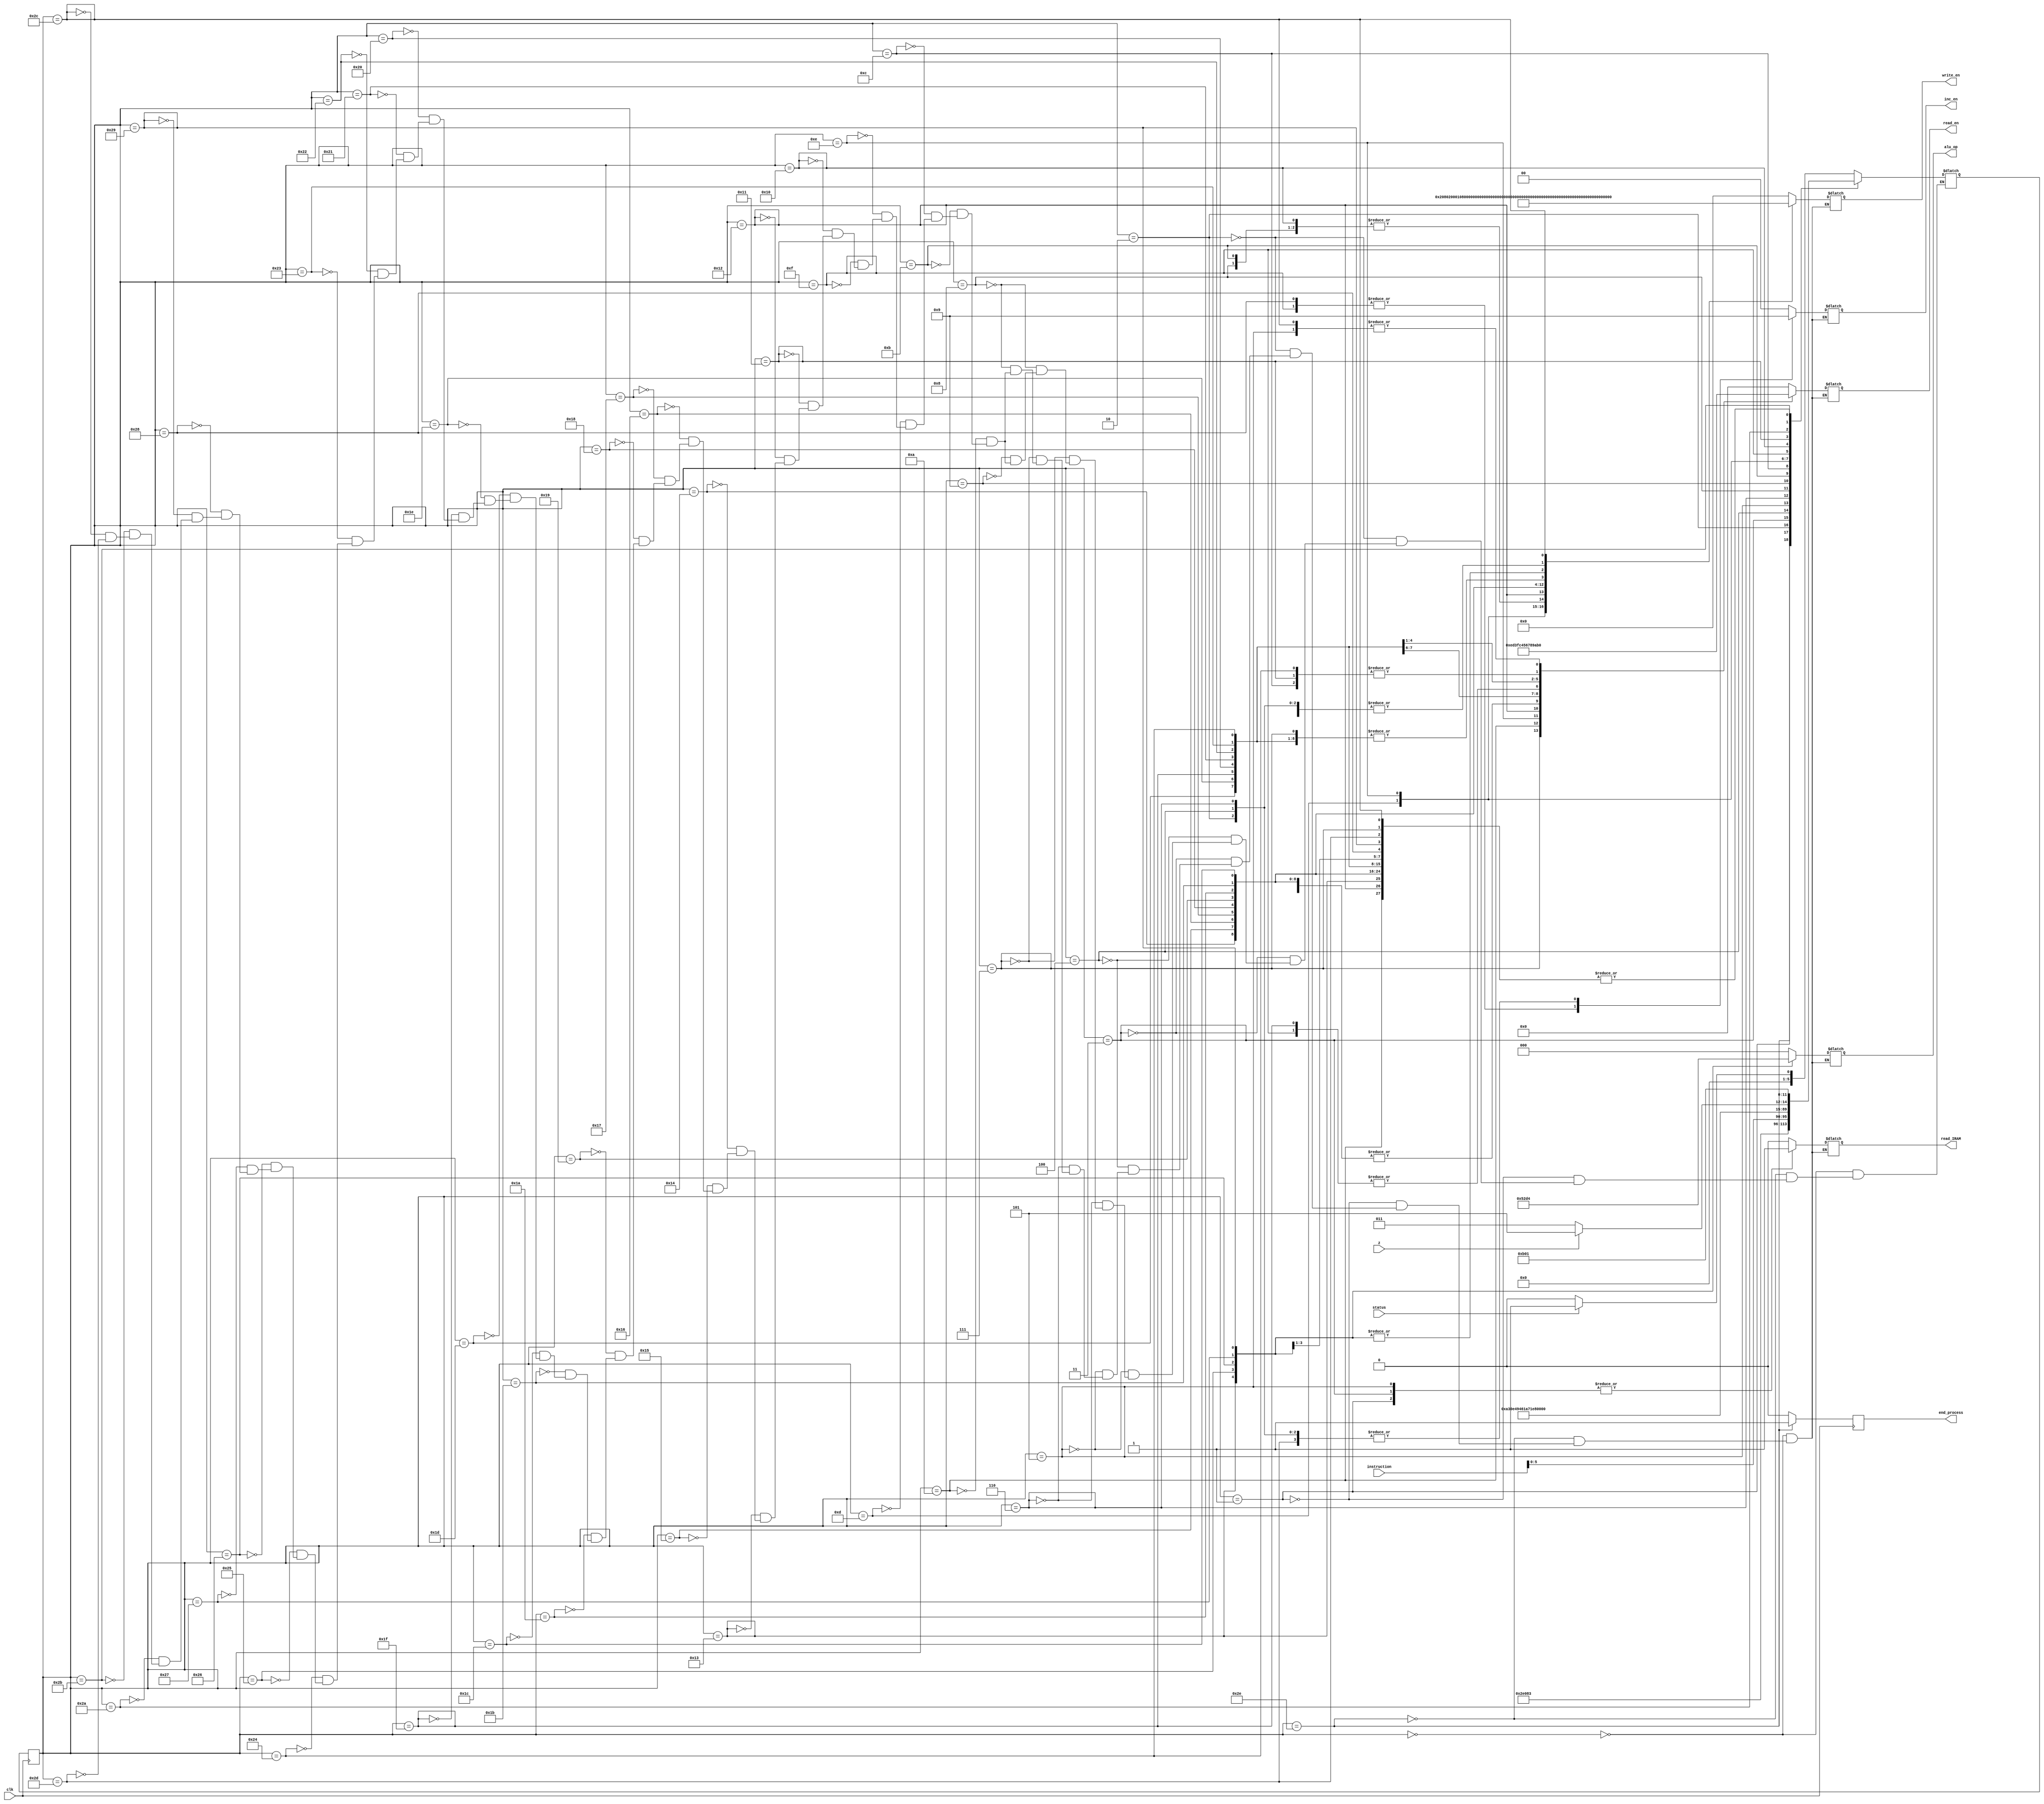
module control_unit
(
    input clk,
    input z,
    input status,
    input [7:0] instruction,
    output reg [2:0] alu_op,
    output reg [16:0] write_en,
    output reg [1:0] inc_en,
    output reg [3:0] read_en,
    output reg read_IRAM,
    //output reg read_DRAM,
    output reg end_process
);

reg [5:0] present = 6'd0;      //6'd0 = idle
reg [5:0] next = 6'd0;

//Micro Instructions
parameter
idle = 6'd0,
fetch1 = 6'd1,
fetch2 = 6'd2,
fetch3 = 6'd3,
ldac1 = 6'd4,
ldac2 = 6'd5,
ldac3 = 6'd6,
ldac4 = 6'd7,
ldacm1 = 6'd8,
ldacm2 = 6'd9,
ldacm3 = 6'd10,
stac1 = 6'd11,
stac2 = 6'd12,
stac3 = 6'd13,
stac4 = 6'd14,
stac5 = 6'd15,
stac6 = 6'd16,
stac7 = 6'd17,
stac8 = 6'd18,
clac = 6'd19,
movr = 6'd20,
movra = 6'd21,
movrb = 6'd22,
movro = 6'd23,
movrn = 6'd24,
movrp = 6'd25,
movrc = 6'd26,
movrr = 6'd27,
movrt = 6'd28,
mvacra = 6'd29,
mvacrb = 6'd30,
mvacro = 6'd31,
mvacrn = 6'd32,
mvacrp = 6'd33,
mvacrc = 6'd34,
mvacrr = 6'd35,
mvacrt = 6'd36,
add = 6'd37,
mul = 6'd38,
sub = 6'd39,
inc = 6'd40,
dec = 6'd41,
jpnz = 6'd42,
jpnzy1 = 6'd43,
jpnzy2 = 6'd44,
jpnzn1 = 6'd45,
endop = 6'd46;
//nop = 6'd48;


//checking the termination condition
always @(posedge clk)
begin
    present <= next;
    if (present == endop)
        end_process <= 1'd1;
    else
        end_process <= 1'd0;
end


always @(present or z or instruction or status) 
case(present)
    idle: begin
        read_IRAM <= 0;
        read_en <= 4'd0;
        write_en <= 17'b00000000000000000 ;
        inc_en <= 2'b00 ;
        alu_op <= 3'd0;
        if (status == 1)
        next <= fetch1;
        else
        next <= idle;
    end

    endop: begin
        read_IRAM <= 0;
        read_en <= 4'd0;  
        write_en <= 17'b00000000000000000 ;
        inc_en <= 2'b00 ;  
        alu_op <= 3'd0;
        next <= endop;
    end

    fetch1: begin
        read_IRAM <= 1;  //READ IRAM
        read_en <= 4'd0;  
        write_en <= 17'b00000000000000000 ; 
        inc_en <= 2'b00 ;
        alu_op <= 3'd0;
        next <= fetch2;
    end


    fetch2: begin
        read_IRAM <= 0;
        read_en <= 4'd0;    
        write_en <= 17'b00000000000000100 ; // IR <- IRAM
        inc_en <= 2'b01 ; //pc<-pc+1
        alu_op <= 3'd0;
        next <= fetch3;
    end


    fetch3: begin
        read_IRAM <= 1;    //Read IRAM
        read_en <= 4'd0;
        write_en <= 17'b00000000000000000 ;
        inc_en <= 2'b00 ; 
        alu_op <= 3'd0;
        next <= instruction[5:0];  //get assembly code
    end

    ldac1: begin
        read_IRAM <= 0;
        read_en <= 4'd0;
        write_en <= 17'b00000000000000100 ; //IR <- IRAM
        inc_en <= 2'b01 ; //pc<-pc+1
        alu_op <= 3'd0;
        next <= ldac2;
    end

    ldac2: begin
        read_IRAM <= 1; //Read
        read_en <= 4'd1; //BUS <- IR
        write_en <= 17'b00000000000001000 ;  //TR <-- BUS
        inc_en <= 2'b00 ; 
        alu_op <= 3'd0;
        next <= ldac3;
    end

    ldac3: begin
        read_IRAM <= 0;
        read_en <= 4'd0;
        write_en <= 17'b00000000000000100 ; //IR <- IRAM
        inc_en <= 2'b01 ; //pc<-pc+1
        alu_op <= 3'd0;
        next <= ldac4;
    end

    ldac4: begin
        read_IRAM <= 0;
        read_en <= 4'd14;   //AC <- IR TR
        write_en <= 17'b00100000000000000 ;
        inc_en <= 2'b00 ; 
        alu_op <= 3'd0;
        next <= fetch1;
    end

    ldacm1: begin
        read_IRAM <= 0;
        //read_DRAM <= 1;
        read_en <= 4'd12;  //BUS <- AC
        write_en <= 17'b00000000000000001 ;  //AR <- BUS
        inc_en <= 2'b00 ; 
        alu_op <= 3'd0;
        next <= ldacm2;
    end
	 
	 ldacm2 : begin
//	     read_IRAM <= 0;
//        read_en <= 4'd0;  
//        write_en <= 17'b00000000000000000 ;  //waste a clock cycle
//        inc_en <= 2'b00 ; 
//        alu_op <= 3'd0;
        next <= ldacm3;
	 end

    ldacm3: begin
        read_IRAM <= 0;
        read_en <= 4'd13;  // BUS <- DRAM 
        write_en <= 17'b00100000000010000 ; 
        inc_en <= 2'b00 ; 
        alu_op <= 3'd0;
        next <= fetch1;
    end



    stac1: begin
        read_IRAM <= 0;
        read_en <= 4'd12;  //BUS <- AC
        write_en <= 17'b00000000000000001 ; // AR <- BUS
        inc_en <= 2'b00 ; 
        alu_op <= 3'd0;
        next <= stac2;
    end

    stac2: begin
        read_IRAM <= 0;
        read_en <= 4'd11;  //BUS <- RT
        write_en <= 17'b00100000000000000 ; //AC <- BUS
        inc_en <= 2'b00 ; 
        alu_op <= 3'd0;
        next <= stac3;
    end

    stac3: begin
        read_IRAM <= 0;
        read_en <= 4'd12;  //BUS <- AC[7:0]  check 12
        write_en <= 17'b00000000000010000 ; //DR <- BUS
        inc_en <= 2'b00 ; 
        alu_op <= 3'd0;
        next <= stac4;
    end
	 
	 

    stac4: begin
        read_IRAM <= 0;
        read_en <= 4'd3;  //BUS <- DR
        write_en <= 17'b10000000000000000 ; //DRAM <- BUS
        inc_en <= 2'b00 ; 
        alu_op <= 3'd0;
        next <= stac5;
    end
	 

    stac5: begin
        read_IRAM <= 0;
        read_en <= 4'd6;  //BUS <- RO
        write_en <= 17'b00100000000000000 ; //AC<- BUS
        inc_en <= 2'b10 ; //AC <- AC+1 
        alu_op <= 3'd0;
        next <= stac6;
    end

    stac6: begin
        read_IRAM <= 0;
        read_en <= 4'd12;  //BUS <- AC
        write_en <= 17'b00000000000000001 ; // AR <- BUS
        inc_en <= 2'b00 ; 
        alu_op <= 3'd0;
        next <= stac7;
    end

    stac7: begin
        read_IRAM <= 0;
        read_en <= 4'd11;  //BUS <-RT
        write_en <= 17'b00100000000000000 ; // AC <-- BUS
        inc_en <= 2'b00; 
        alu_op <= 3'd0;
        next <= stac8;
    end

    stac8: begin
        read_IRAM <= 0;
        read_en <= 4'd15;  //BUS<-AC[15:8]   Check with dhinesh
        write_en <= 17'b10000000000010000 ; // DR <-- BUS, DRAM <-- BUS
        inc_en <= 2'b00 ; 
        alu_op <= 3'd0;
        next <= fetch1;
    end


    clac: begin
        read_IRAM <= 0;
        read_en <= 4'd0;  
        write_en <= 17'b01000000000000000 ;
        inc_en <= 2'b00 ; 
        alu_op <= 3'd5; //default AC <- 0, Z<- 1
        next <= fetch1;
    end

    movr: begin
        read_IRAM <= 0;
        read_en <= 4'd12;  //BUS <- AC
        write_en <= 17'b00010000000000000 ; // R <- BUS
        inc_en <= 2'b00 ; 
        alu_op <= 3'd0;
        next <= fetch1;
    end

    movra: begin
        read_IRAM <= 0;
        read_en <= 4'd12;  //BUS <- AC
        write_en <= 17'b00000000000100000 ; // RA <- BUS
        inc_en <= 2'b00 ; 
        alu_op <= 3'd0;
        next <= fetch1;
    end


    movrb: begin
        read_IRAM <= 0;
        read_en <= 4'd12;  //BUS <- AC
        write_en <= 17'b00000000001000000 ; // RB <- BUS
        inc_en <= 2'b00 ; 
        alu_op <= 3'd0;
        next <= fetch1;
    end

    movro: begin
        read_IRAM <= 0;
        read_en <= 4'd12;                       //RO <- AC
        write_en <= 17'b00000000010000000 ;
        inc_en <= 2'b00 ; 
        alu_op <= 3'd0;
        next <= fetch1;
    end

    movrn: begin
        read_IRAM <= 0;
        read_en <= 4'd12;                      //RN <- AC
        write_en <= 17'b00000000100000000 ;
        inc_en <= 2'b00 ; 
        alu_op <= 3'd0;
        next <= fetch1;
    end
//
    movrp: begin
        read_IRAM <= 0;
        read_en <= 4'd12;                   //RP <- AC
        write_en <= 17'b00000001000000000 ;
        inc_en <= 2'b00 ; 
        alu_op <= 3'd0;
        next <= fetch1;
    end

    movrc: begin
        read_IRAM <= 0;
        read_en <= 4'd12;                   //RC <- AC
        write_en <= 17'b000000010000000000 ;
        inc_en <= 2'b00 ; 
        alu_op <= 3'd0;
        next <= fetch1;
    end

    movrr: begin
        read_IRAM <= 0;
        read_en <= 4'd12;                   //RR <- AC
        write_en <= 17'b00000100000000000 ;
        inc_en <= 2'b00 ; 
        alu_op <= 3'd0;
        next <= fetch1;
    end

    movrt: begin
        read_IRAM <= 0;
        read_en <= 4'd12;                  //RT <- AC
        write_en <= 17'b00001000000000000 ;
        inc_en <= 2'b00 ; 
        alu_op <= 3'd0;
        next <= fetch1;
    end

    mvacra: begin
        read_IRAM <= 0;
        read_en <= 4'd4;            //AC <- RA
        write_en <= 17'b00100000000000000 ;
        inc_en <= 2'b00 ; 
        alu_op <= 3'd0;
        next <= fetch1;
    end

    mvacrb: begin
        read_IRAM <= 0;
        read_en <= 4'd5;        //AC <- RB
        write_en <= 17'b00100000000000000 ;
        inc_en <= 2'b00 ; 
        alu_op <= 3'd0;
        next <= fetch1;
    end

    mvacro: begin
        read_IRAM <= 0;
        read_en <= 4'd6;  //AC <- RO
        write_en <= 17'b00100000000000000 ;
        inc_en <= 2'b00 ; 
        alu_op <= 3'd0;
        next <= fetch1;
    end

    mvacrn: begin
        read_IRAM <= 0;
        read_en <= 4'd7;  //AC <- RN
        write_en <= 17'b00100000000000000 ;
        inc_en <= 2'b00 ; 
        alu_op <= 3'd0;
        next <= fetch1;
    end

    mvacrp: begin
        read_IRAM <= 0;
        read_en <= 4'd8;                //AC <- RP
        write_en <= 17'b00100000000000000 ;
        inc_en <= 2'b00 ; 
        alu_op <= 3'd0;
        next <= fetch1;
    end

    mvacrc: begin
        read_IRAM <= 0;
        read_en <= 4'd9;                //AC <- RC
        write_en <= 17'b00100000000000000 ;
        inc_en <= 2'b00 ; 
        alu_op <= 3'd0;
        next <= fetch1;
    end

    mvacrr: begin
        read_IRAM <= 0;
        read_en <= 4'd10;               //AC <- RR
        write_en <= 17'b00100000000000000 ;
        inc_en <= 2'b00 ; 
        alu_op <= 3'd0;
        next <= fetch1;
    end

    mvacrt: begin
        read_IRAM <= 0;
        read_en <= 4'd11;                  //AC <- RT
        write_en <= 17'b00100000000000000 ;
        inc_en <= 2'b00 ; 
        alu_op <= 3'd0;
        next <= fetch1;
    end
//
    add: begin
        read_IRAM <= 0;
        read_en <= 4'd0;  
        write_en <= 17'b01000000000000000 ;
        inc_en <= 2'b00 ; 
        alu_op <= 3'd1; //AC <- AC + R
        next <= fetch1;
    end

    mul: begin
        read_IRAM <= 0;
        read_en <= 4'd0;  
        write_en <= 17'b01000000000000000 ;
        inc_en <= 2'b00 ; 
        alu_op <= 3'd3; //AC <- AC * R
        next <= fetch1;
    end
    
    sub: begin
        read_IRAM <= 0;
        read_en <= 4'd0;  
        write_en <= 17'b01000000000000000 ;
        inc_en <= 2'b00 ; 
        alu_op <= 3'd2; //AC <- AC - R
        next <= fetch1;
    end

    inc: begin
        read_IRAM <= 0;
        read_en <= 4'd0;  
        write_en <= 17'b00000000000000000 ;//
        inc_en <= 2'b10 ; //AC <- AC + 1
        alu_op <= 3'd0;
        next <= fetch1;
    end

    dec: begin
        read_IRAM <= 0;
        read_en <= 4'd0;  
        write_en <= 17'b01000000000000000 ;
        inc_en <= 2'b00 ; 
        alu_op <= 3'd4; //AC <- AC - 1
        next <= fetch1;
    end

    
    jpnz: begin
        read_IRAM <= 0;
        read_en <= 4'd0;  //IR <-IRAM
        write_en <= 17'b00000000000000000 ;
        inc_en <= 2'b00 ; 
        alu_op <= 3'd0;
        if (z==0)
            next <= jpnzy1;
        else
            next <= jpnzn1;
    end   


    jpnzy1: begin
        read_IRAM <= 0;
        read_en <= 4'd0;  //IR <- IRAM
        write_en <= 17'b00000000000000100 ;
        inc_en <= 2'b00 ; 
        alu_op <= 3'd0;
        next <= jpnzy2;
    end

    jpnzy2: begin
        read_IRAM <= 0;
        read_en <= 4'd1;  //PC <- IR
        write_en <= 17'b00000000000000010 ;
        inc_en <= 2'b00 ; 
        alu_op <= 3'd0;  //3'd2
        next <= fetch1;
    end
    
    jpnzn1: begin
        read_IRAM <= 0;
        read_en <= 4'd0;  
        write_en <= 17'b00000000000000000 ;
        inc_en <= 2'b01 ;  //PC<-PC+1
        alu_op <= 3'd0;
        next <= fetch1;
    end

endcase
endmodule